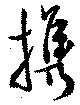
携